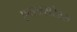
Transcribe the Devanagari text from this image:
एक्स्त्रसरेब्रल